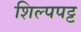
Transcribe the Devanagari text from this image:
शिल्पपट्ट